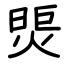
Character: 煚